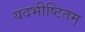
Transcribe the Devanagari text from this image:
यदभीष्टितम्